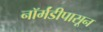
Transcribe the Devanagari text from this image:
नॉर्मंडीपासून